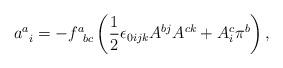
LaTeX: \begin{align*}a_{\;\;i}^{a}=-f_{\;\;bc}^{a}\left( \frac{1}{2}\epsilon_{0ijk}A^{bj}A^{ck}+A_{i}^{c}\pi ^{b}\right) , \end{align*}